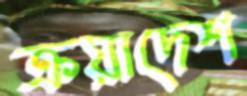
ক্রয়াদেশ